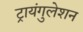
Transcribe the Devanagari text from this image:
ट्रायंगुलेशन